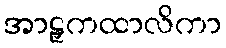
အာဠှကထာလိကာ